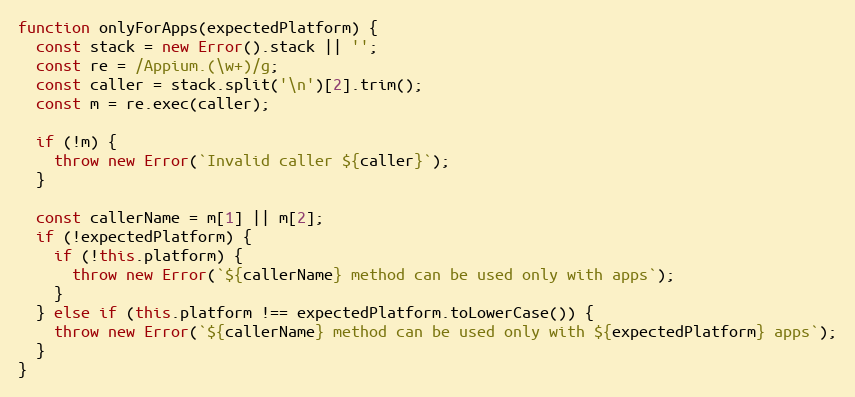
Language: JavaScript
function onlyForApps(expectedPlatform) {
  const stack = new Error().stack || '';
  const re = /Appium.(\w+)/g;
  const caller = stack.split('\n')[2].trim();
  const m = re.exec(caller);

  if (!m) {
    throw new Error(`Invalid caller ${caller}`);
  }

  const callerName = m[1] || m[2];
  if (!expectedPlatform) {
    if (!this.platform) {
      throw new Error(`${callerName} method can be used only with apps`);
    }
  } else if (this.platform !== expectedPlatform.toLowerCase()) {
    throw new Error(`${callerName} method can be used only with ${expectedPlatform} apps`);
  }
}